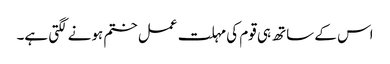
اس کے ساتھ ہی قوم کی مہلت عمل ختم ہونے لگتی ہے۔